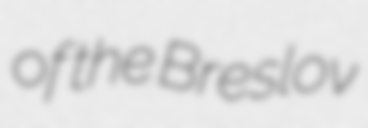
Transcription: of the Breslov